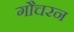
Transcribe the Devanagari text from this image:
गौचरन